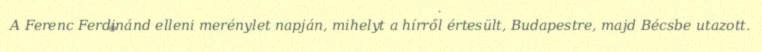
A Ferenc Ferdinánd elleni merénylet napján, mihelyt a hírről értesült, Budapestre, majd Bécsbe utazott.